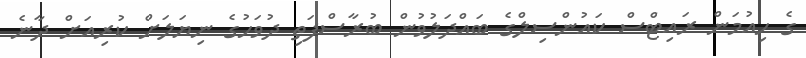
ގެ ހިއުމަން ރައިޓްސް ކައުންސިލްގެ ބައްދަލުވުން ބުރާސްފަތި ދުވަހުގެ ނިޔަލަށް ކުރިއަށް ދާނެ